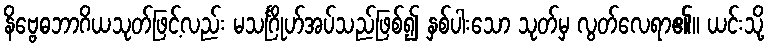
နိဗ္ဗေဓဘာဂိယသုတ်ဖြင့်လည်း မသင်္ဂြိုဟ်အပ်သည်ဖြစ်၍ နှစ်ပါးသော သုတ်မှ လွတ်လေရာ၏။ ယင်းသို့